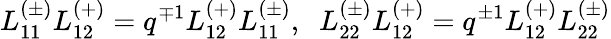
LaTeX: L_{11}^{(\pm)}L_{12}^{(+)}=q^{\mp 1}L_{12}^{(+)}L_{11}^{(\pm)},\; \; L_{22}^{(\pm)}L_{12}^{(+)}=q^{\pm 1}L_{12}^{(+)}L_{22}^{(\pm)}